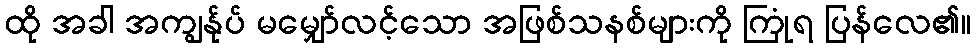
ထို အခါ အကျွန်ုပ် မမျှော်လင့်သော အဖြစ်သနစ်များကို ကြုံရ ပြန်လေ၏။